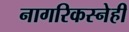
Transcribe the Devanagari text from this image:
नागरिकस्नेही